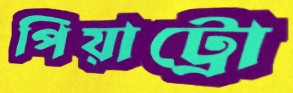
পিয়াট্রো